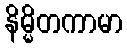
နိမ္မိတကာမာ